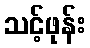
သင့်ဖုန်း